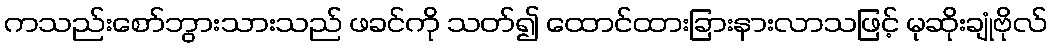
ကသည်းစော်ဘွားသားသည် ဖခင်ကို သတ်၍ ထောင်ထားခြားနားလာသဖြင့် မုဆိုးချုံဗိုလ်